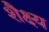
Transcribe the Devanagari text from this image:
शैक्ष्य